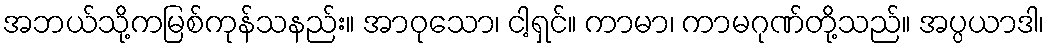
အဘယ်သို့ကမြစ်ကုန်သနည်း။ အာဝုသော၊ ငါ့ရှင်။ ကာမာ၊ ကာမဂုဏ်တို့သည်။ အပ္ပယာဒါ၊